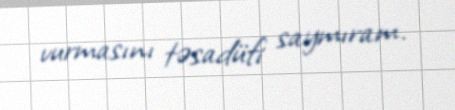
vurmasını təsadüfi saymıram.